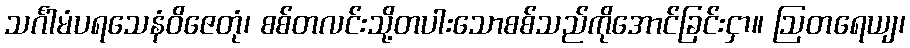
သင်္ဂါမံပရသေနံဝိဇေတုံ၊ စစ်တလင်းသို့တပါးသောစစ်သည်ကိုအောင်ခြင်းငှာ။ ဩတရေယျ၊